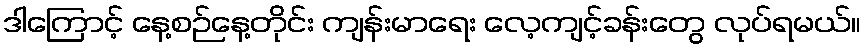
ဒါကြောင့် နေ့စဉ်နေ့တိုင်း ကျန်းမာရေး လေ့ကျင့်ခန်းတွေ လုပ်ရမယ်။